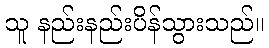
သူ နည်းနည်းပိန်သွားသည်။